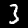
Digit: 3